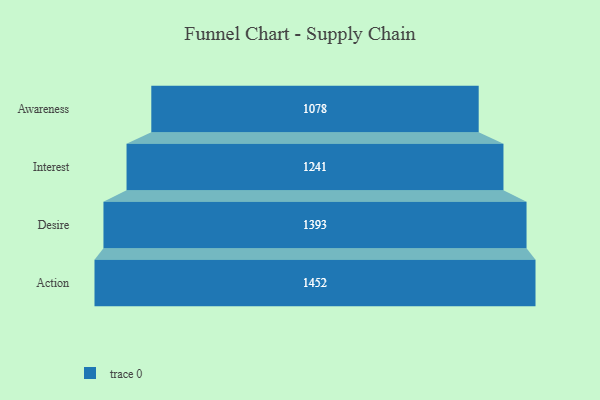
{"axis": {"x": "Stage", "y": "Value"}, "legend": [""], "data": [{"x": "Awareness", "y": 1078.0, "type": ""}, {"x": "Interest", "y": 1241.0, "type": ""}, {"x": "Desire", "y": 1393.0, "type": ""}, {"x": "Action", "y": 1452.0, "type": ""}]}